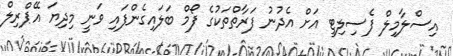
އިސްލާމިލް ފެސިލިޓީ އަށް އެދުނު ފަރާތްތަކުގެ ފޯމް ބަލައިގެންފައި ވަނީ މިދިޔަ އޭޕްރިލް